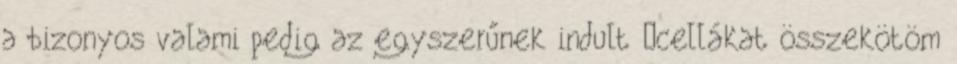
a bizonyos valami pedig az egyszerűnek indult „cellákat összekötöm